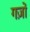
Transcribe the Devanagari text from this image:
गज़ों